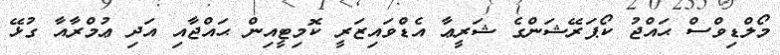
މޯލްޑިވްސް ޙައްޖު ކޯޕަރޭޝަންގެ ޝަރީޢާ އެޑްވައިޒަރީ ކޮމިޓީއިން ޙައްޖާއި އަދި ޢުމްރާއާ ގުޅޭ